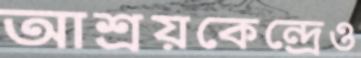
আশ্রয়কেন্দ্রেও